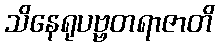
သိနေရုပဗ္ဗတရာဇာတိ